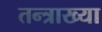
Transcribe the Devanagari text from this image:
तन्त्राख्या